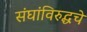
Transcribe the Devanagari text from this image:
संघांविरुद्धचे